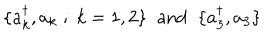
\{ a _ { k } ^ { \dagger } , a _ { k } \; ; \; k = 1 , 2 \} \; \; \mathrm { a n d } \; \; \{ a _ { 3 } ^ { \dagger } , a _ { 3 } \}